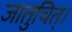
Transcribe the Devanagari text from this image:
जातुचित्।